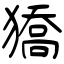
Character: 獢